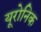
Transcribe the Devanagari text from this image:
यूरोनिक